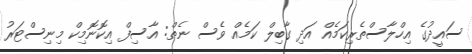
ސައީދުގެ އިހްލާސްތެރިކަމެއް އަދި ގާބިލް ކަމެއް ވެސް ނެތް: އާސިފް އިކޮނޮމިކް މިނިސްޓަރު